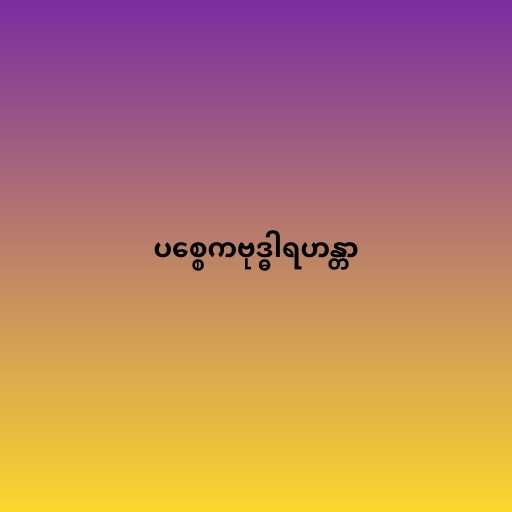
ပစ္စေကဗုဒ္ဓါရဟန္တာ